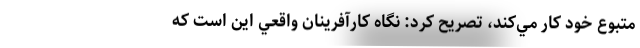
متبوع خود كار مي‌كند، تصريح كرد: نگاه كارآفرينان واقعي اين است كه